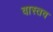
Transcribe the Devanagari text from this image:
वास्तव